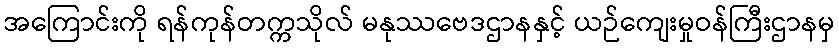
အကြောင်းကို ရန်ကုန်တက္ကသိုလ် မနုဿဗေဒဌာနနှင့် ယဉ်ကျေးမှုဝန်ကြီးဌာနမှ